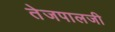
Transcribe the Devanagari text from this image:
तेजपालजी